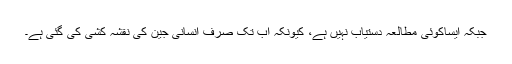
جبکہ ایساکوئی مطالعہ دستیاب نہیں ہے، کیونکہ اب تک صرف انسانی جین کی نقشہ کشی کی گئی ہے۔